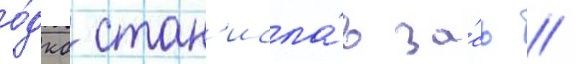
о́дкб стан'исла́в за́сь //